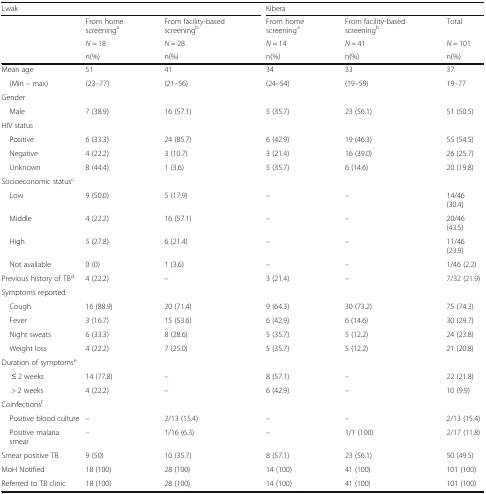
<table><thead><tr><td colspan="3"><b>Lwak</b></td><td colspan="3"><b>Kibera</b></td></tr><tr><td rowspan="3"></td><td><b>From home screening<sup>a</sup></b></td><td><b>From facility-based screening<sup>b</sup></b></td><td><b>From home screening<sup>a</sup></b></td><td><b>From facility-based screening<sup>b</sup></b></td><td><b>Total</b></td></tr><tr><td><b><i>N</i> = 18</b></td><td><b><i>N</i> = 28</b></td><td><b><i>N</i> = 14</b></td><td><b><i>N</i> = 41</b></td><td><b><i>N</i> = 101</b></td></tr><tr><td><b>n(%)</b></td><td><b>n(%)</b></td><td><b>n(%)</b></td><td><b>n(%)</b></td><td><b>n(%)</b></td></tr></thead><tbody><tr><td>Mean age</td><td>51</td><td>41</td><td>34</td><td>33</td><td>37</td></tr><tr><td> (Min – max)</td><td>(23–77)</td><td>(21–56)</td><td>(24–54)</td><td>(19–59)</td><td>19–77</td></tr><tr><td colspan="6">Gender</td></tr><tr><td> Male</td><td>7 (38.9)</td><td>16 (57.1)</td><td>5 (35.7)</td><td>23 (56.1)</td><td>51 (50.5)</td></tr><tr><td colspan="6">HIV status</td></tr><tr><td> Positive</td><td>6 (33.3)</td><td>24 (85.7)</td><td>6 (42.9)</td><td>19 (46.3)</td><td>55 (54.5)</td></tr><tr><td> Negative</td><td>4 (22.2)</td><td>3 (10.7)</td><td>3 (21.4)</td><td>16 (39.0)</td><td>26 (25.7)</td></tr><tr><td> Unknown</td><td>8 (44.4)</td><td>1 (3.6)</td><td>5 (35.7)</td><td>6 (14.6)</td><td>20 (19.8)</td></tr><tr><td colspan="6">Socioeconomic status<sup>c</sup></td></tr><tr><td> Low</td><td>9 (50.0)</td><td>5 (17.9)</td><td>–</td><td>–</td><td>14/46 (30.4)</td></tr><tr><td> Middle</td><td>4 (22.2)</td><td>16 (57.1)</td><td>–</td><td>–</td><td>20/46 (43.5)</td></tr><tr><td> High</td><td>5 (27.8)</td><td>6 (21.4)</td><td>–</td><td>–</td><td>11/46 (23.9)</td></tr><tr><td> Not available</td><td>0 (0)</td><td>1 (3.6)</td><td>–</td><td>–</td><td>1/46 (2.2)</td></tr><tr><td>Previous history of TB<sup>d</sup></td><td>4 (22.2)</td><td>–</td><td>3 (21.4)</td><td>–</td><td>7/32 (21.9)</td></tr><tr><td colspan="6">Symptoms reported</td></tr><tr><td> Cough</td><td>16 (88.9)</td><td>20 (71.4)</td><td>9 (64.3)</td><td>30 (73.2)</td><td>75 (74.3)</td></tr><tr><td> Fever</td><td>3 (16.7)</td><td>15 (53.6)</td><td>6 (42.9)</td><td>6 (14.6)</td><td>30 (29.7)</td></tr><tr><td> Night sweats</td><td>6 (33.3)</td><td>8 (28.6)</td><td>5 (35.7)</td><td>5 (12.2)</td><td>24 (23.8)</td></tr><tr><td> Weight loss</td><td>4 (22.2)</td><td>7 (25.0)</td><td>5 (35.7)</td><td>5 (12.2)</td><td>21 (20.8)</td></tr><tr><td colspan="6">Duration of symptoms<sup>e</sup></td></tr><tr><td>≤ 2 weeks</td><td>14 (77.8)</td><td>–</td><td>8 (57.1)</td><td>–</td><td>22 (21.8)</td></tr><tr><td>&gt; 2 weeks</td><td>4 (22.2)</td><td>–</td><td>6 (42.9)</td><td>–</td><td>10 (9.9)</td></tr><tr><td colspan="6">Coinfections<sup>f</sup></td></tr><tr><td> Positive blood culture</td><td>–</td><td>2/13 (15.4)</td><td>–</td><td>–</td><td>2/13 (15.4)</td></tr><tr><td> Positive malaria smear</td><td>–</td><td>1/16 (6.3)</td><td>–</td><td>1/1 (100)</td><td>2/17 (11.8)</td></tr><tr><td>Smear positive TB</td><td>9 (50)</td><td>10 (35.7)</td><td>8 (57.1)</td><td>23 (56.1)</td><td>50 (49.5)</td></tr><tr><td>MoH Notified</td><td>18 (100)</td><td>28 (100)</td><td>14 (100)</td><td>41 (100)</td><td>101 (100)</td></tr><tr><td>Referred to TB clinic</td><td>18 (100)</td><td>28 (100)</td><td>14 (100)</td><td>41 (100)</td><td>101 (100)</td></tr></tbody></table>